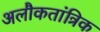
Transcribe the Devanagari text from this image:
अलौकतांत्रिक